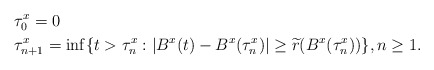
\begin{align*} &\tau_0^{x}=0\\ &\tau^{x}_{n+1}=\inf\{t>\tau_n^x : |B^x(t)-B^x(\tau^x_n)|\geq \widetilde{r}(B^x(\tau^x_n))\}, n\geq 1.\end{align*}